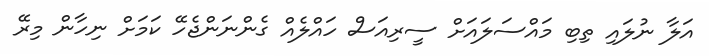
އަލާ ނުލައި ތިބި މައްސަލައަށް ސީރިއަސް ހައްލެއް ގެންނަންޖެހޭ ކަމަށް ނިހާން މިރޭ